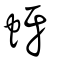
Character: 蚜